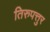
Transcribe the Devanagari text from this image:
तिरुपत्तुर